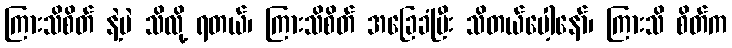
ကြားသိစိတ် နဲ့ပဲ သိလို့ ရတယ်၊ ကြားသိစိတ် အခြေခံပြီး သိတယ်ပေါ့နော်၊ ကြားသိ စိတ်က